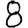
Digit: 8